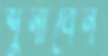
শুনাবেন